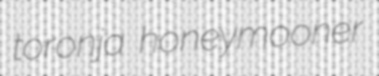
toronja honeymooner